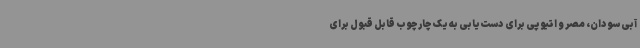
آبی سودان، مصر و اتیوپی برای دست‌یابی به یک چارچوب قابل قبول برای